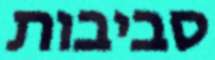
סביבות